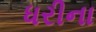
ધરીના